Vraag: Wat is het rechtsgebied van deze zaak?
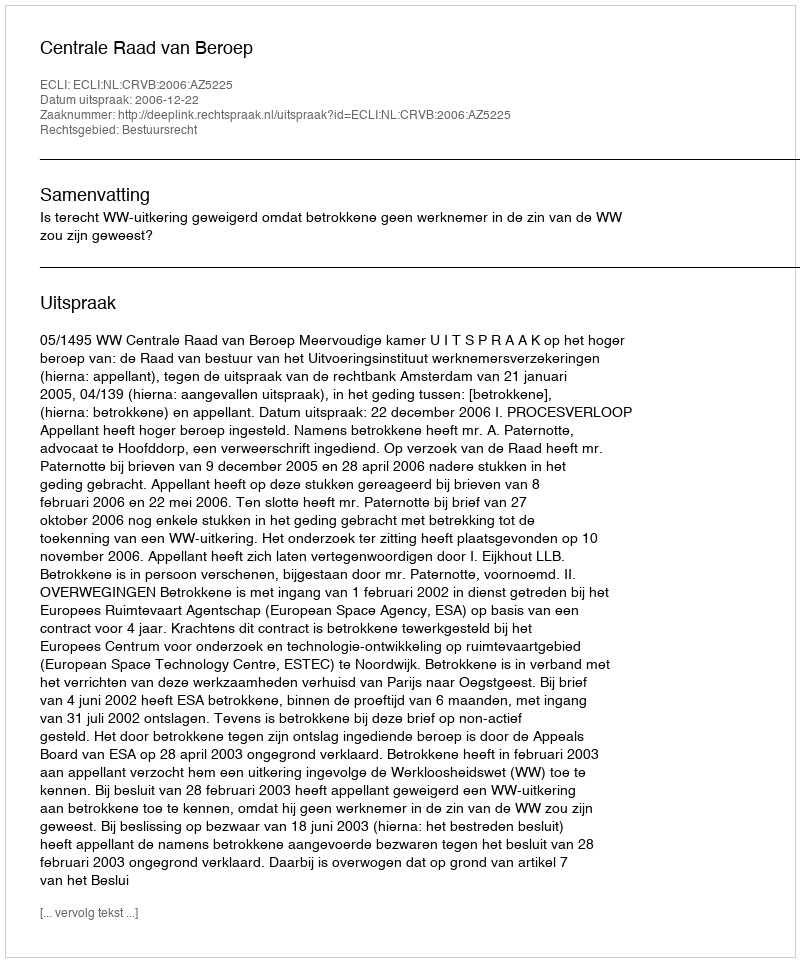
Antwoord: Bestuursrecht